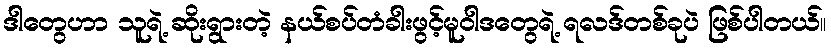
ဒါတွေဟာ သူရဲ့ ဆိုးရွားတဲ့ နယ်စပ်တံခါးဖွင့်မူဝါဒတွေရဲ့ ရလဒ်တစ်ခုပဲ ဖြစ်ပါတယ်။